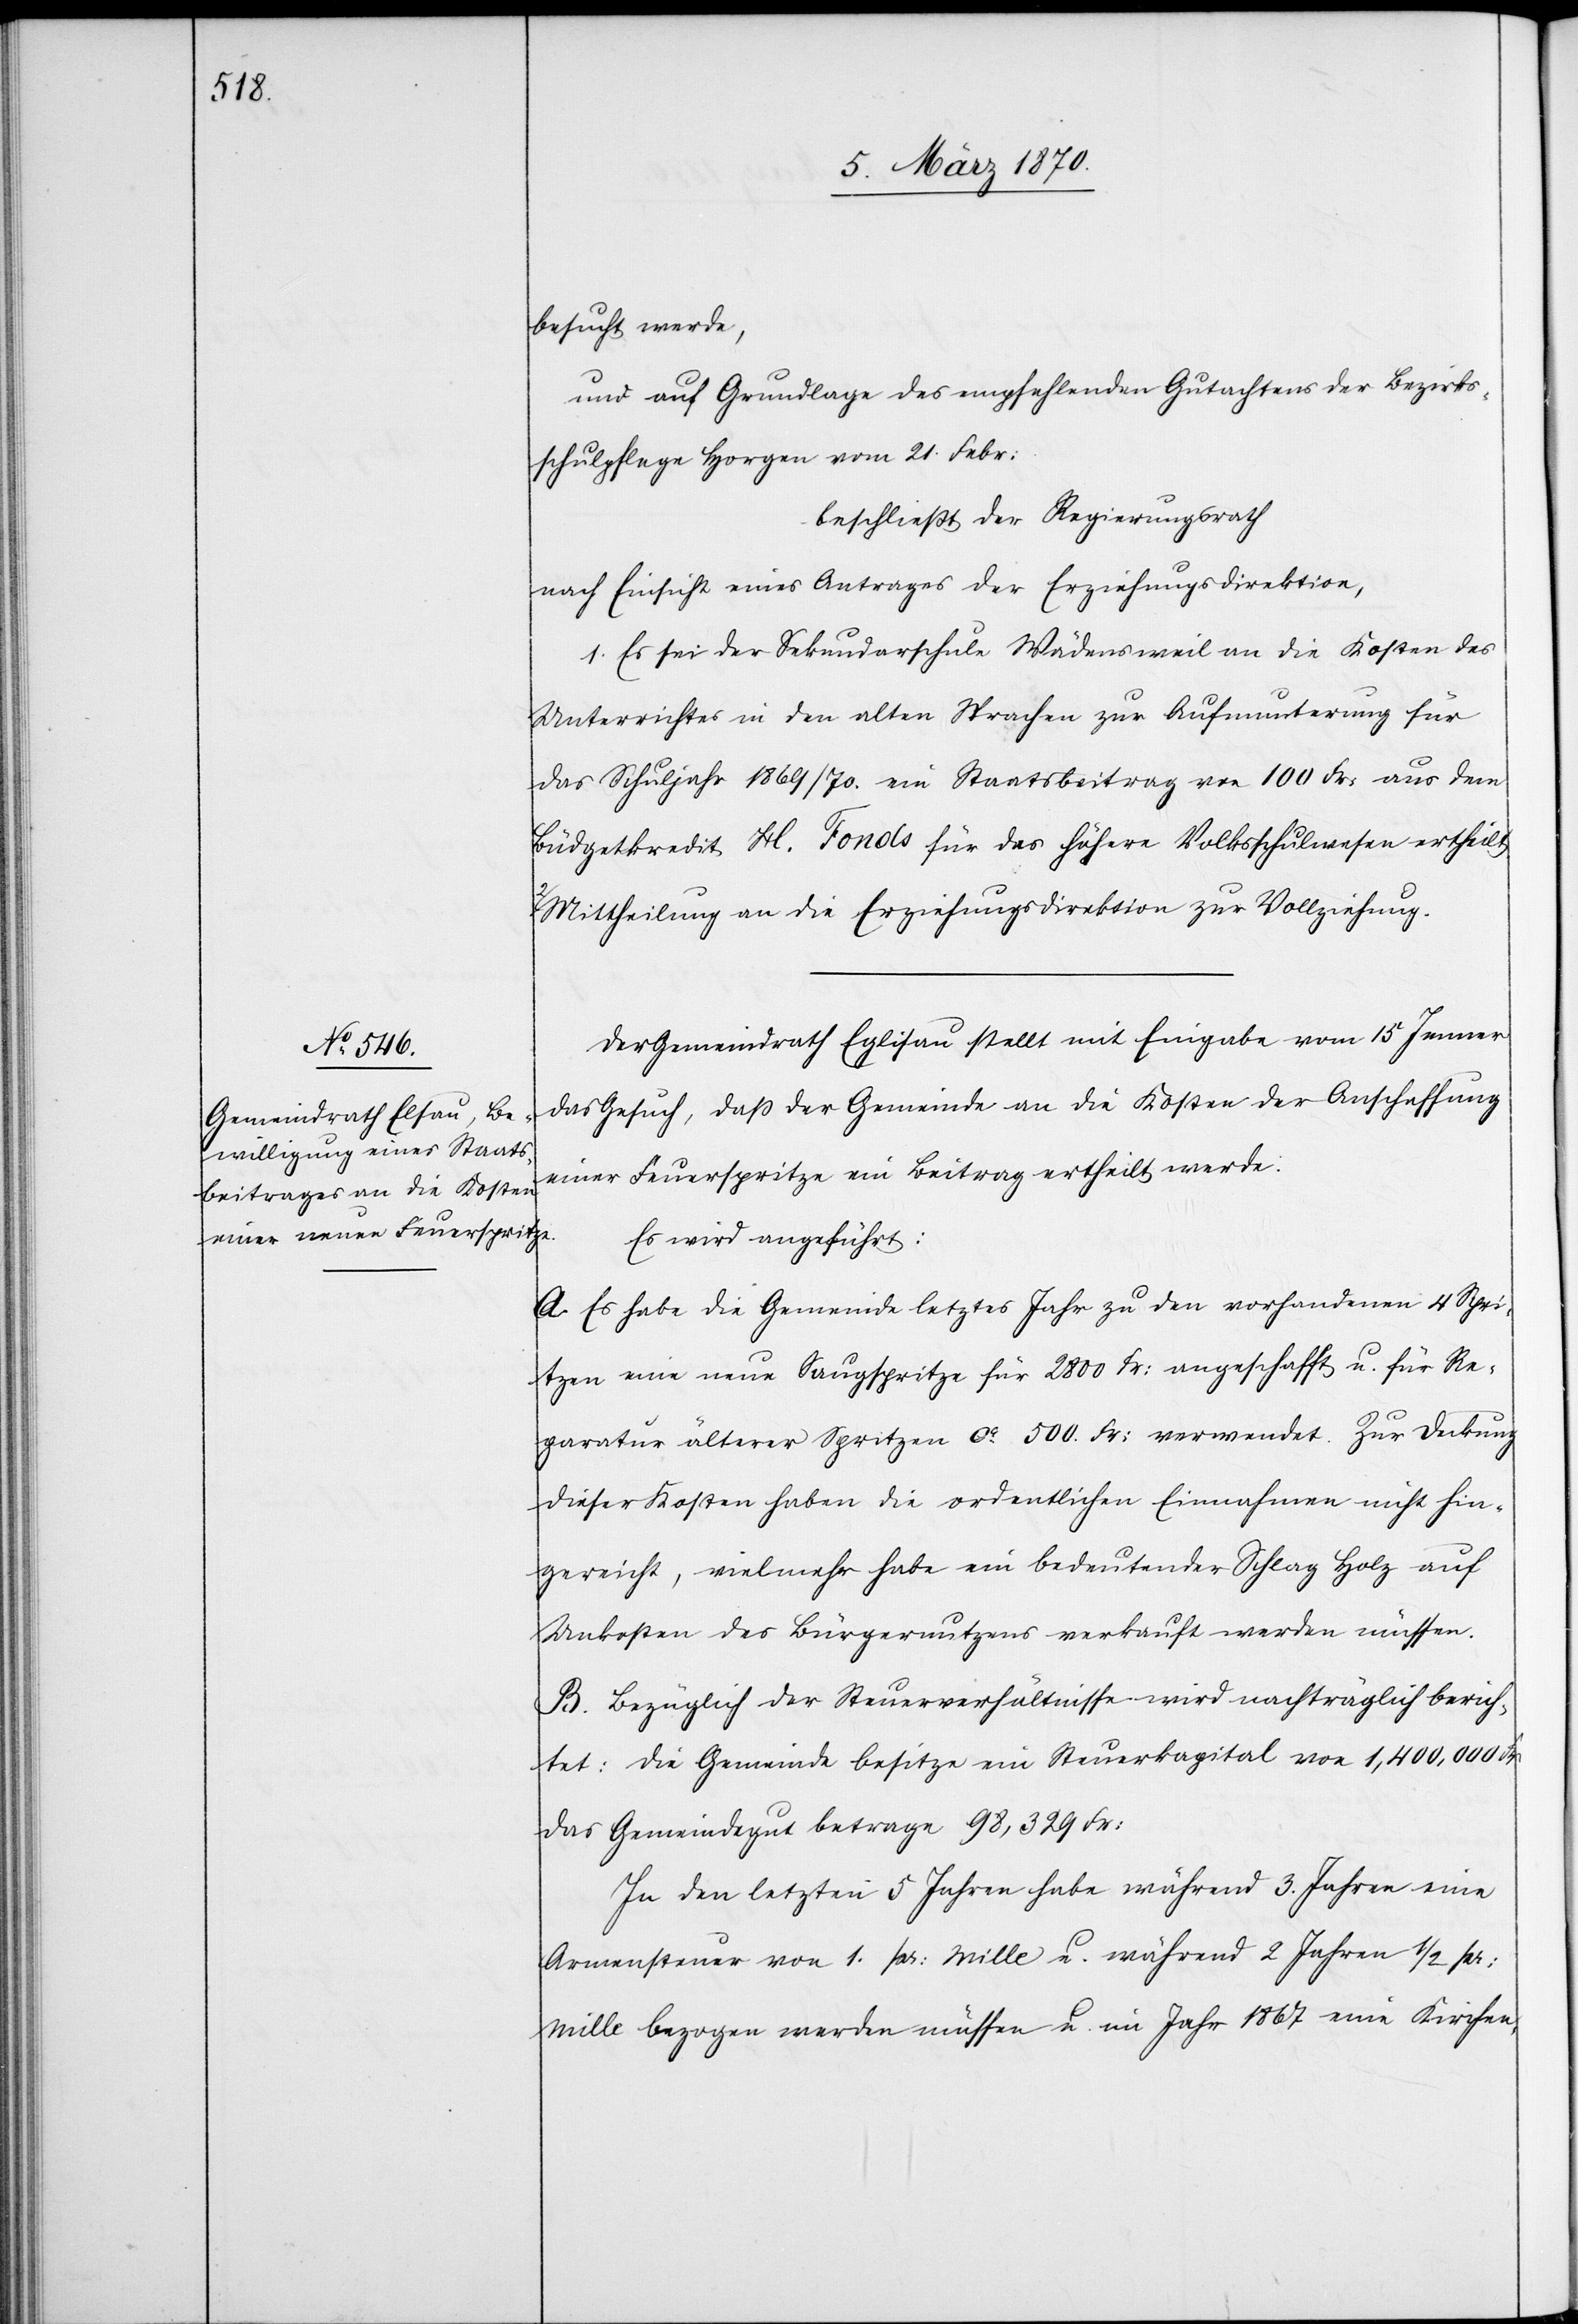
sucht werde,
und auf Grundlage des empfehlenden Gutachtens der Bezirks¬
schulpflege Horgen vom 21. Febr:
beschließt der Regierungsrath
nach Einsicht eines Antrages der Erziehungsdirektion,
1. Es sei der Sekundarschule Wädensweil an die Kosten des
Unterrichtes in den alten Sprachen zur Aufmunterung für
das Schuljahr 1869/70. ein Staatsbeitrag von 100 Fr: aus dem
Büdgetkredit [?H] Fonds für das höhere Volksschulwesen ertheilt.
Mittheilung an die Erziehungsdirektion zur Vollziehung.
Der Gemeindrath Eglisau stellt mit Eingabe vom 15 Jenner
das Gesuch, daß der Gemeinde an die Kosten der Anschaffung
einer Feuerspritze ein Beitrag ertheilt werde:
Es wird angeführt:
A. Es habe die Gemeinde letztes Jahr zu den vorhandenen 4 Spri¬
tzen eine neue Saugspritze für 2800 Fr: angeschafft u. für Re¬
paratur älterer Spritzen ca. 500. Fr: verwendet. Zur Deckung
dieser Kosten haben die ordentlichen Einnahmen nicht hin¬
gereicht, vielmehr habe ein bedeutender Schlag Holz auf
Unkosten des Bürgernutzens verkauft werden müssen.
B. Bezüglich der Steuerverhältnisse wird nachträglich berich¬
tet: Die Gemeinde besitze ein Steuerkapital von 1,4000,000
das Gemeindegut betrage 98,329 Fr:
In den letzten 5 Jahren habe während 3. Jahren eine
Armensteuer von 1. pr: mille u. während 2 Jahren 1/2 pr:
mille bezogen werden müssen u. im Jahr 1867 eine Kirchen-